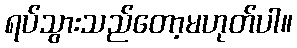
ရပ်သွားသည်တော့မဟုတ်ပါ။